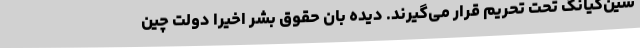
سین‌کیانگ تحت تحریم قرار می‌گیرند. دیده بان حقوق بشر اخیرا دولت چین